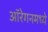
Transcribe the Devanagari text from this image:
ऑरेगनमध्ये